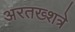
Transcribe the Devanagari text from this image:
अरतख्शत्रे